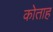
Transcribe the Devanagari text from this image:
कोताह